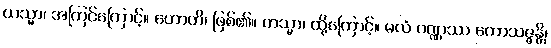
ယသ္မာ၊ အကြင်ကြောင့်။ ဟောတိ၊ ဖြစ်၏။ တသ္မာ၊ ထို့ကြောင့်။ မလံ ဝဏ္ဏဿ ကောသဇ္ဇန္တိ၊